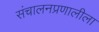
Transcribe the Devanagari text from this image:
संचालनप्रणालीला